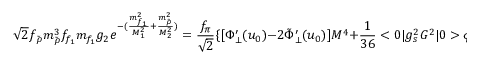
\sqrt { 2 } f _ { \tilde { \rho } } m _ { \tilde { \rho } } ^ { 3 } f _ { f _ { 1 } } m _ { f _ { 1 } } g _ { 2 } e ^ { - ( { \frac { m _ { f _ { 1 } } ^ { 2 } } { M _ { 1 } ^ { 2 } } } + { \frac { m _ { \tilde { \rho } } ^ { 2 } } { M _ { 2 } ^ { 2 } } } ) } = { \frac { f _ { \pi } } { \sqrt { 2 } } } \{ [ \Phi _ { \bot } ^ { \prime } ( u _ { 0 } ) - 2 { \tilde { \Phi } } _ { \bot } ^ { \prime } ( u _ { 0 } ) ] M ^ { 4 } + { \frac { 1 } { 3 6 } } < 0 | g _ { s } ^ { 2 } G ^ { 2 } | 0 > \phi _ { \pi } ^ { \prime } ( u _ { 0 } ) M ^ { 2 } \} \; ,